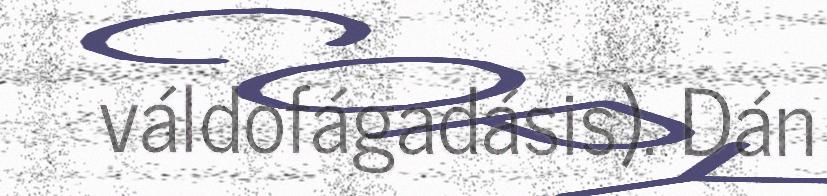
váldofágadásis). Dán